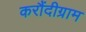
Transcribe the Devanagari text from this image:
करौंदीग्राम